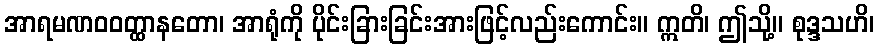
အာရမဏဝဝတ္ထာနတော၊ အာရုံကို ပိုင်းခြားခြင်းအားဖြင့်လည်းကောင်း။ ဣတိ၊ ဤသို့။ စုဒ္ဒသဟိ၊